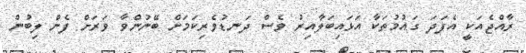
ރާއްޖެއަކީ އެފަދަ ގައުމުތަކާ އަޅައިބަލާއިރު ވެސް ދަނޑުވެރިކަމަށް ބޭނުންވާ ވަރަށް ފެން ލިބުން